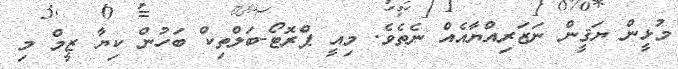
މުޅީން ޔަޤީން ނަޒަރިއްޔާއެއް ނެތެވެ. މިއީ ޕްރޮޓޯ-ބަލްތިކް ބަހުން ކިޔާ ޒީމް މި